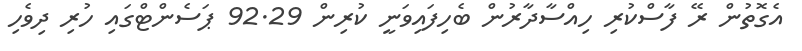
އެގޮތުން ރޭ ފާސްކުރި ހިއްސާދާރުން ބެހިފައިވަނީ ކުރިން 92.29 ޕަސެންޓްގައި ހުރި ދިވެހި